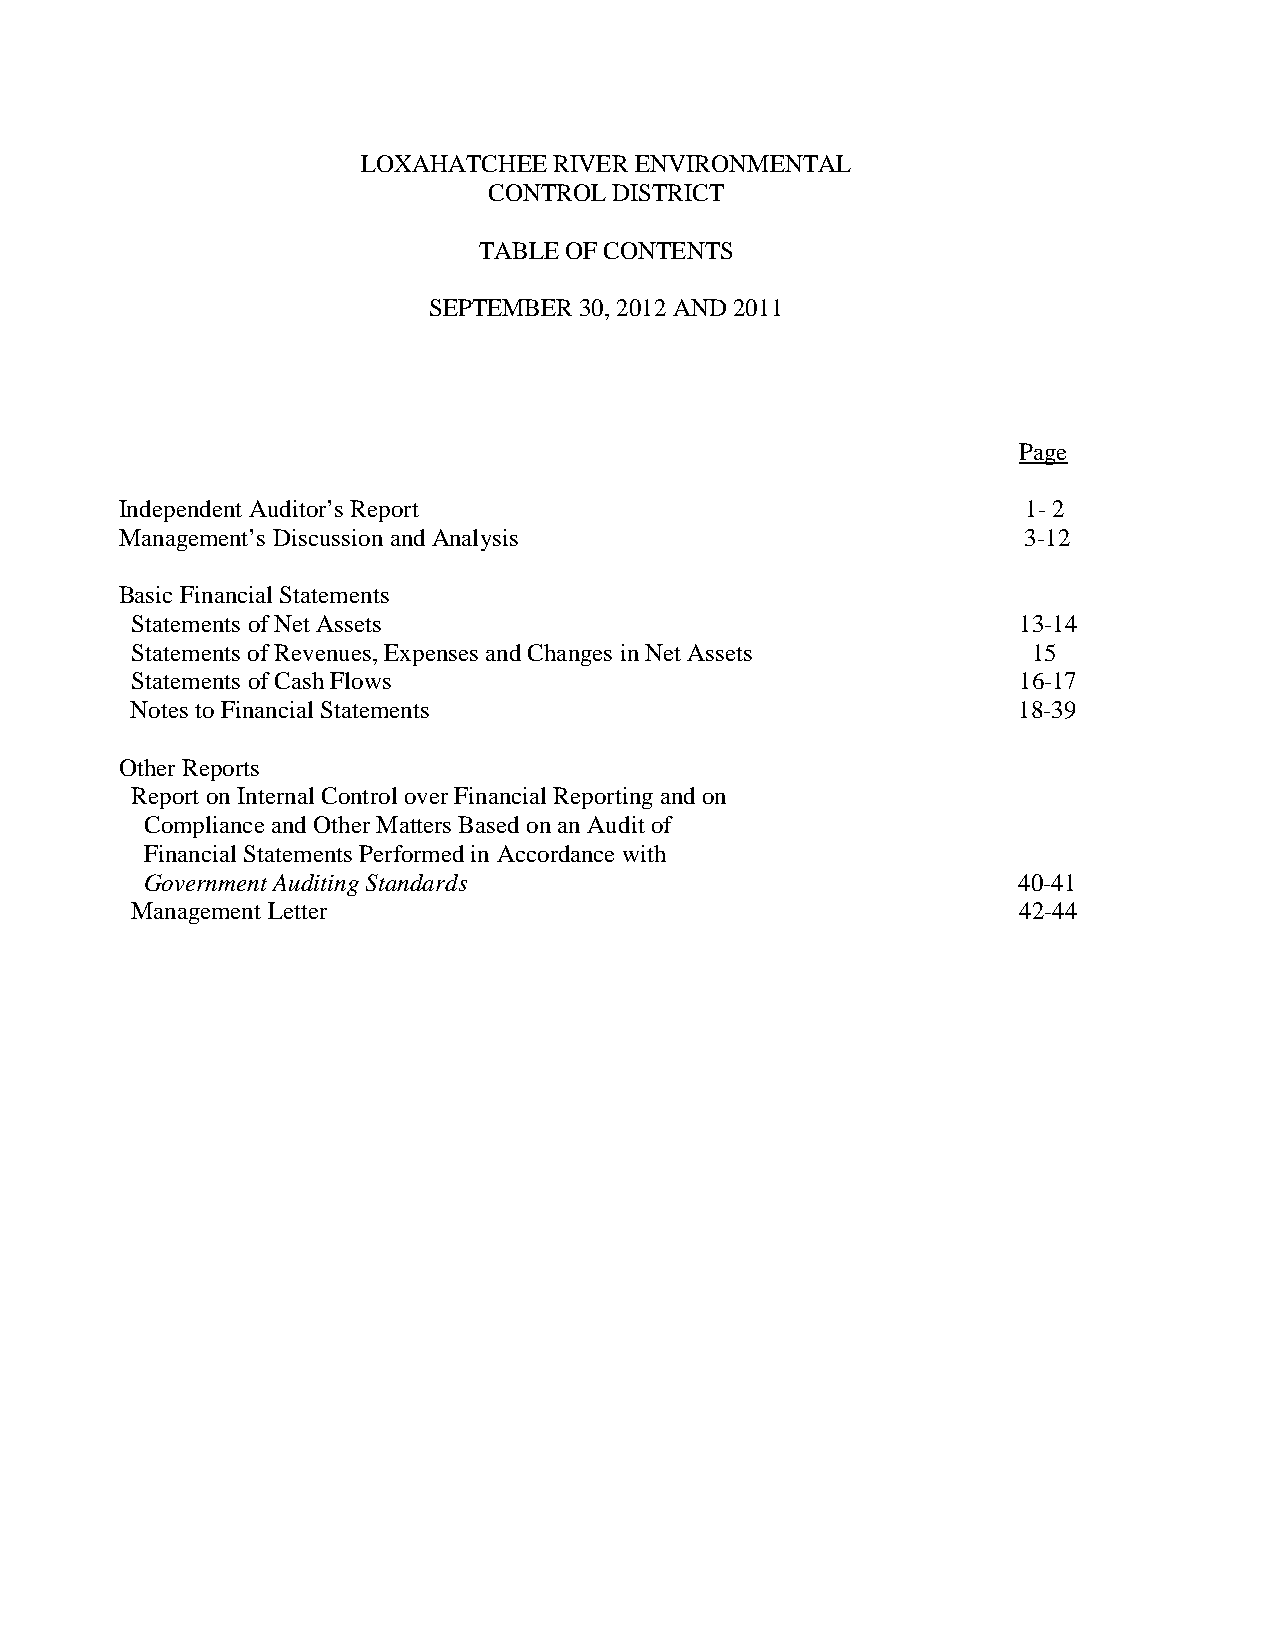
LOXAHATCHEE  RIVER ENVIRONMENTAL
 CONTROL  DISTRICT
 TABLE OF CONTENTS
 SEPTEMBER 30, 2012 AND 2011
 Page
 Independent Auditor’s Report                                1- 2
 Management’s Discussion and Analysis                        3-12
 Basic Financial Statements
 Statements of Net Assets                                  13-14
 Statements of Revenues, Expenses and Changes in Net Assets 15
 Statements of Cash Flows                                  16-17
 Notes to Financial Statements                             18-39
 Other Reports
 Report on Internal Control over Financial Reporting and on
 Compliance and Other Matters Based on an Audit of
 Financial Statements Performed in Accordance with
 Government Auditing Standards                            40-41
 Management Letter                                         42-44